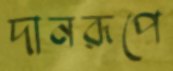
দানরূপে